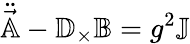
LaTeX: \ddot{\vec{\mathbb{A}}}-\mathbb{D}_{\times}\mathbb{B}=g^{2}\mathbb{J}